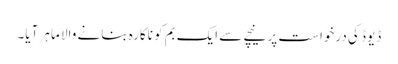
ڈیوڈ کی درخواست پر نیچے سے ایک بم کو ناکارہ بنانے والا ماہر آیا۔